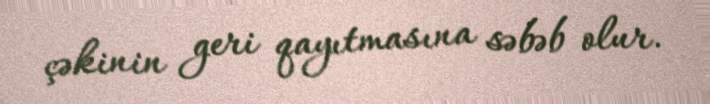
çəkinin geri qayıtmasına səbəb olur.